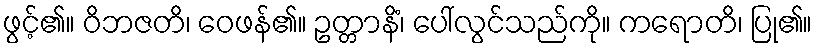
ဖွင့်၏။ ဝိဘဇတိ၊ ဝေဖန်၏။ ဥတ္တာနိံ၊ ပေါ်လွင်သည်ကို။ ကရောတိ၊ ပြု၏။